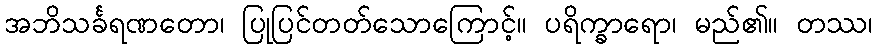
အဘိသင်္ခရဏတော၊ ပြုပြင်တတ်သောကြောင့်။ ပရိက္ခာရော၊ မည်၏။ တဿ၊